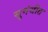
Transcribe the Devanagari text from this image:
सुगंधीत